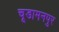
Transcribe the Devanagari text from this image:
चूडामनपुर